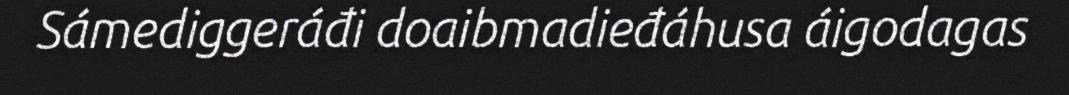
Sámediggeráđi doaibmadieđáhusa áigodagas